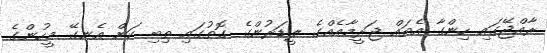
ރާއްޖޭގައި ހިންގާ އެތައް ޖަރީމާއެއްގެ ލީޑަރުންގެ ގޮތުގައި ތިބި ކަން އެނގޭ މީހުންގެ